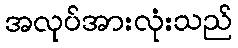
အလုပ်အားလုံးသည်